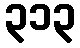
၃၁၃